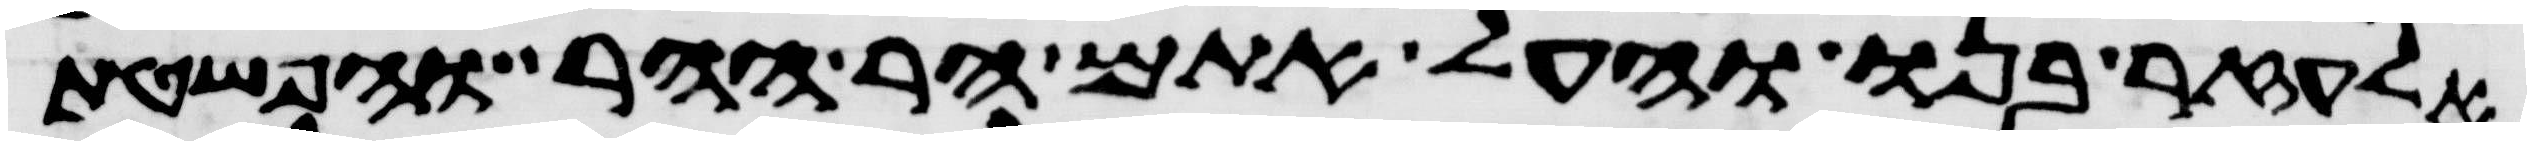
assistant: אלעזר בנו והעל אתם הר ההר והפשטת